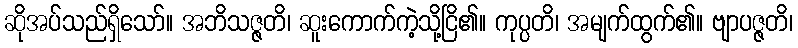
ဆိုအပ်သည်ရှိသော်။ အဘိသဇ္ဇတိ၊ ဆူးကောက်ကဲ့သို့ငြိ၏။ ကုပ္ပတိ၊ အမျက်ထွက်၏။ ဗျာပဇ္ဇတိ၊